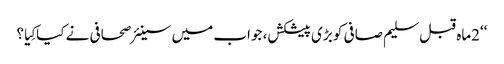
‘‘2ماہ قبل سلیم صافی کو بڑی پیشکش، جواب میں سینئر صحافی نے کیاکِیا؟